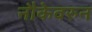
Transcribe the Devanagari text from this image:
नौकेवरुन